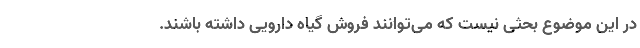
در این موضوع بحثی نیست که می‌توانند فروش گیاه دارویی داشته باشند.